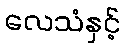
လေသံနှင့်